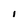
Character: I